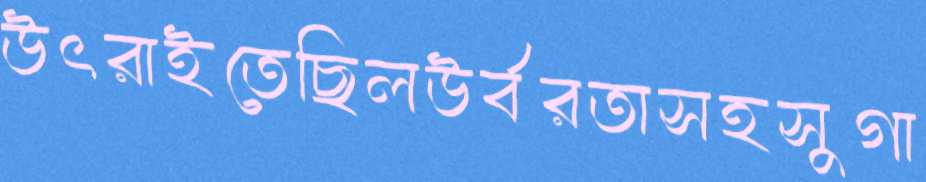
উৎরাইতেছিলউর্বরতাসহসুগা